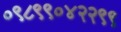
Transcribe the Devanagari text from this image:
०९८९९०४२२९९